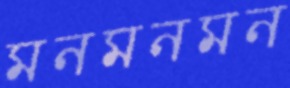
মনমনমন